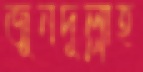
জুনদুল্লাহ